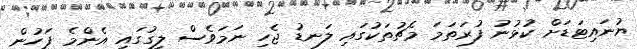
ޔުނައިޓަޑަށް ކުޅުނު ފުރަތަމަ މެޗުތަކުގައި ލަނޑު ޖެހި ނަމަވެސް ލީގުގައި އެންމެ ފަހުން